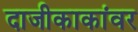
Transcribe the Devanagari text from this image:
दाजीकाकांवर